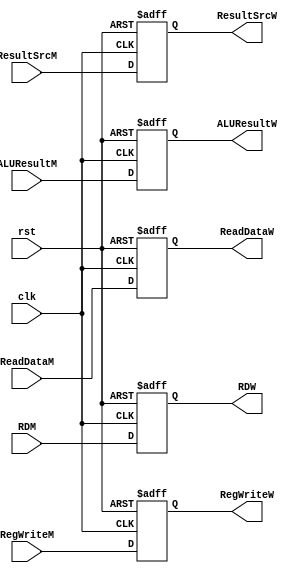
`timescale 1ns / 1ps
//////////////////////////////////////////////////////////////////////////////////
// Company: 
// Engineer: 
// 
// Design Name: 
// Module Name: REG_4
// Project Name: 
// Target Devices: 
// Tool Versions: 
// Description: 
// 
// Dependencies: 
// 
// Revision:
// Revision 0.01 - File Created
// Additional Comments:
// 
//////////////////////////////////////////////////////////////////////////////////


module REG_4(
    input clk,rst,
    input ResultSrcM, RegWriteM,
    input [31:0] ALUResultM,
    input [31:0] ReadDataM,
    input [4:0] RDM,
    
    output reg ResultSrcW, RegWriteW,
    output reg [31:0] ALUResultW,
    output reg [31:0] ReadDataW,
    output reg [4:0] RDW
    );
    always @(posedge clk or posedge rst) begin
		if(rst) begin
			ResultSrcW <= 0;
			RegWriteW <= 0;
			ALUResultW <= 0;
			ReadDataW <= 0;
			RDW <= 0;
		end
		else begin
			ResultSrcW <= ResultSrcM;
			RegWriteW <= RegWriteM;
			ALUResultW <= ALUResultM;
			ReadDataW <= ReadDataM;
			RDW <= RDM;
		end
    end
endmodule